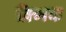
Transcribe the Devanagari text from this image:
क्र्मिक